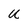
Character: U